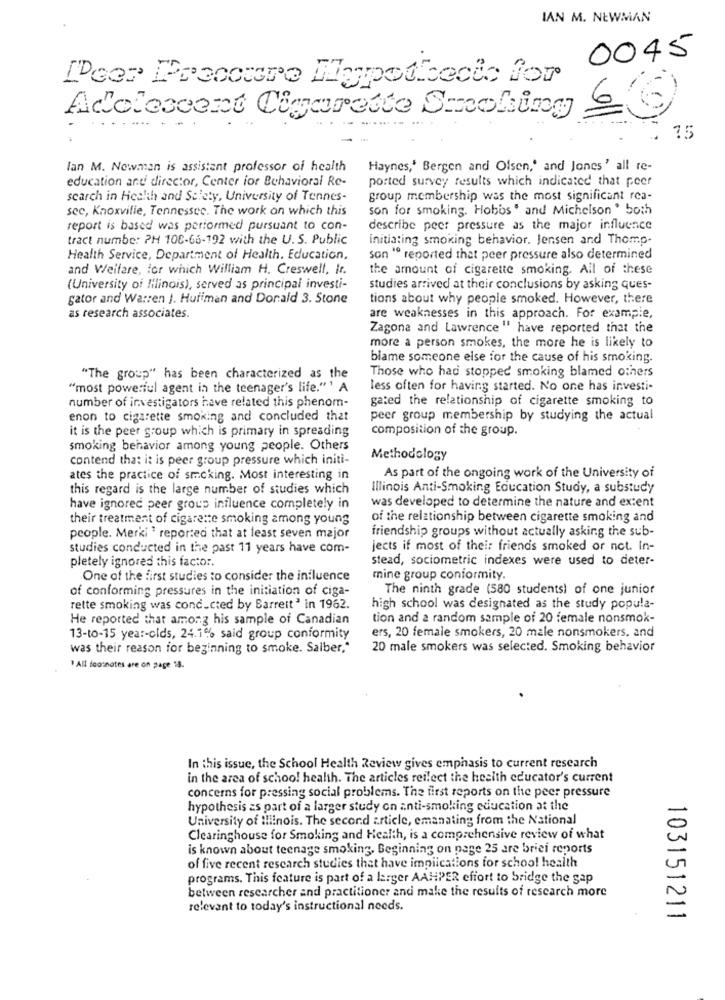
IAN M. NEWMAN
0045
[Peer Preccure Hypothecto for
Adolescent Cigarette Smoking 6
75
lan M. Nowman is assistant professor of health
Haynes,' Bergen and Olsen,' and Jones' all re-
education and director, Center for Behavioral Re-
posted survey results which indicated that peer
search in Health and Selety, University of Tennes-
group membership was the most significant rea-
sec, Knoxville, Tennessee. The work an which this
son for smoking. Hobbs ' and Michelson ' both
report is based was performed pursuant to con-
describe peer pressure as the major influence
tract numbe: PH 108-66-192 with the U.S. Public
initiating smoking behavior. Jensen and Thomp-
Health Service, Department of Health. Education,
son " reported that peer pressure also determined
and Welfare, for which William H. Creswell, Ir.
the amount of cigarette smoking. All of these
(University of Illinois), served as principal investi-
studies arrived at their conclusions by asking ques-
gator and Warren J. Huffman and Donald 3. Stone
tions about why people smoked. However, there
as research associates.
are weaknesses in this approach. For example,
Zagona and Lawrence " have reported that the
more a person smokes, the more he is likely to
blame someone else for the cause of his smoking.
Those who had stopped smoking blamed others
"The group" has been characterized as the
"most powerful agent in the teenager's life."' A
less often for having started. No one has investi-
number of investigators have related this phenom-
gated the relationship of cigarette smoking to
enon to cigarette smoking and concluded that
peer group membership by studying the actual
it is the peer group which is primary in spreading
composition of the group.
smoking behavior among young people. Others
contend that it is peer group pressure which initi-
Methodology
ates the practice of smoking. Most interesting in
As part of the ongoing work of the University of
this regard is the large number of studies which
Illinois Anti-Smoking Education Study, a substudy
have ignored peer group influence completely in
was developed to determine the nature and extent
their treatment of cigarette smoking among young
of the relationship between cigarette smoking and
friendship groups without actually asking the sub-
people. Merki ' reported that at least seven major
studies conducted in the past 11 years have com-
jects if most of their friends smoked or not. In-
pletely ignored this factor.
stead, sociometric indexes were used to deter-
One of the first studies to consider the influence
mine group conformity.
of conforming pressures in the initiation of ciga-
The ninth grade (580 students) of one junior
rette smoking was conducted by Barreit' in 1962.
high school was designated as the study popula-
He reported that among his sample of Canadian
tion and a random sample of 20 female nonsmok-
ers, 20 female smokers, 20 male nonsmokers, and
13-to-15 year-olds, 24.1% said group conformity
was their reason for beginning to smoke. Salber,"
20 male smokers was selected. Smoking behavior
" All feosnotes are on page 14.
In this issue, the School Health Review gives emphasis to current research
in the area of school health. The articles reflect the hesith educator's current
concerns for pressing social problems. The first reports on the peer pressure
hypothesis as part of a larger study on anti-smoking education at the
University of Illinois. The second article, emanating from the National
Clearinghouse for Smoking and Health, is a comprehensive review of what
is known about teenage smoking, Beginning on page 25 are brief reports
of five recent research studies that have implications for school health
programs. This feature is part of a larger AAHPER effort to bridge the gap
between researcher and practitioner and make the results of research more
relevant to today's instructional needs.
103151211